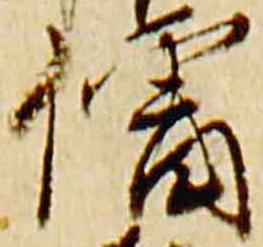
僧